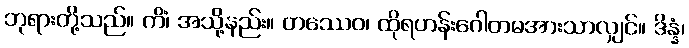
ဘုရားတို့သည်။ ကိံ၊ အသို့နည်း။ တဿေဝ၊ ထိုရဟန်းဂေါတမအားသာလျှင်။ ဒိန္နံ၊